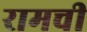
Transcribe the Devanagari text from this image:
रामची